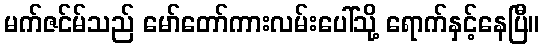
မက်ဇင်မ်သည် မော်တော်ကားလမ်းပေါ်သို့ ရောက်နှင့်နေပြီ။